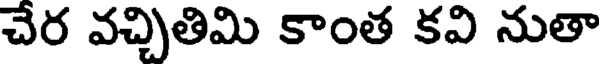
చేర వచ్చితిమి కాంత కవి నుతా